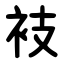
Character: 衼